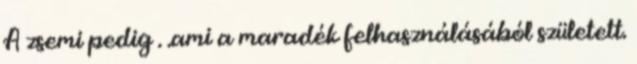
A zsemi pedig . .ami a maradék felhasználásából született.